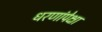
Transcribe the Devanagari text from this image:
धरणांपेक्षा